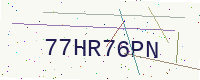
Text: 77HR76PN